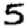
Digit: 5